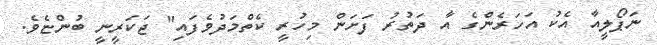
ނަޕޯލީއާ އެކު އަހަރެންގެ އާ ދަތުރު ފަށަން މިހުރީ ކެތްމަދުވެފައި" ޖަކަރީނީ ބުންޏެވެ.